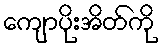
ကျောပိုးအိတ်ကို